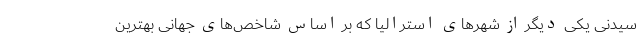
سیدنی یکی دیگر از شهر‌های استرالیا که بر اساس شاخص‌های جهانی بهترین